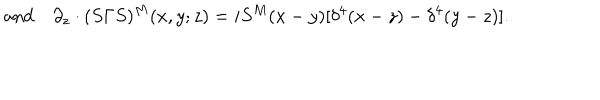
\mathrm { a n d } \quad \partial _ { z } \cdot ( S \Gamma S ) ^ { M } ( x , y ; z ) = i S ^ { M } ( x - y ) [ \delta ^ { 4 } ( x - z ) - \delta ^ { 4 } ( y - z ) ] .